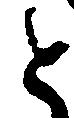
と